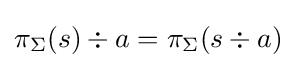
\pi _{\Sigma }(s)\div a=\pi _{\Sigma }(s\div a)